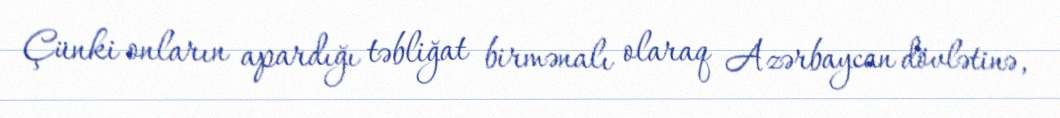
Çünki onların apardığı təbliğat birmənalı olaraq Azərbaycan dövlətinə,